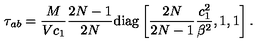
\tau _ { a b } = \frac { M } { V c _ { 1 } } \frac { 2 N - 1 } { 2 N } \mathrm { d i a g } \left[ \frac { 2 N } { 2 N - 1 } \frac { c _ { 1 } ^ { 2 } } { \beta ^ { 2 } } , 1 , 1 \right] .